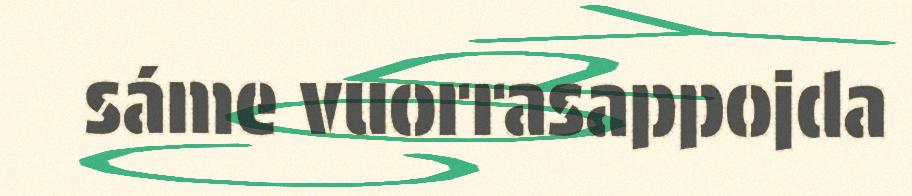
sáme vuorrasappojda